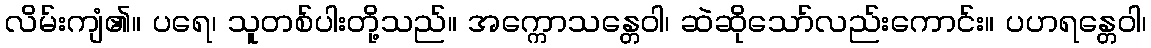
လိမ်းကျံ၏။ ပရေ၊ သူတစ်ပါးတို့သည်။ အက္ကောသန္တေဝါ၊ ဆဲဆိုသော်လည်းကောင်း။ ပဟရန္တေဝါ၊